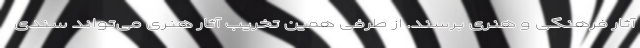
آثار فرهنگی و هنری برسند. از طرفی همین تخریب آثار هنری می‌تواند سندی